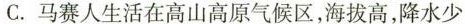
C. 马赛人生活在高山高原气候区，海拔高，降水少